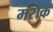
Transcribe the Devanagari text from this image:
मरॉक